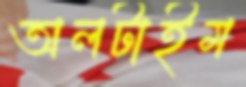
অলটাইম